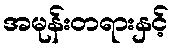
အမုန်းတရားနှင့်